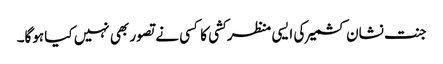
جنت نشان کشمیر کی ایسی منظر کشی کا کسی نے تصور بھی نہیں کیا ہوگا۔